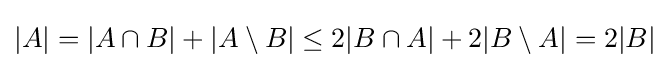
|A|=|A\cap B|+|A\setminus B|\leq 2|B\cap A|+2|B\setminus A|=2|B|